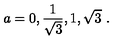
a = 0 , { \frac { 1 } { \sqrt { 3 } } } , 1 , \sqrt { 3 } \ .